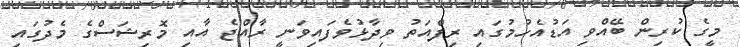
މީގެ ކުރިން ބޭއްވި އަޑުއެހުމުގައި ރިފްއަތު ވިދާޅުވެފައިވަނީ ރާއްޖެ އާއި މޮރިޝަސްގެ މެދުގައި